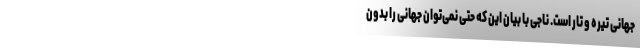
جهانی تیره و تار است. ناجی با بیان این که حتی نمی‌توان جهانی را بدون